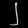
Digit: ၂